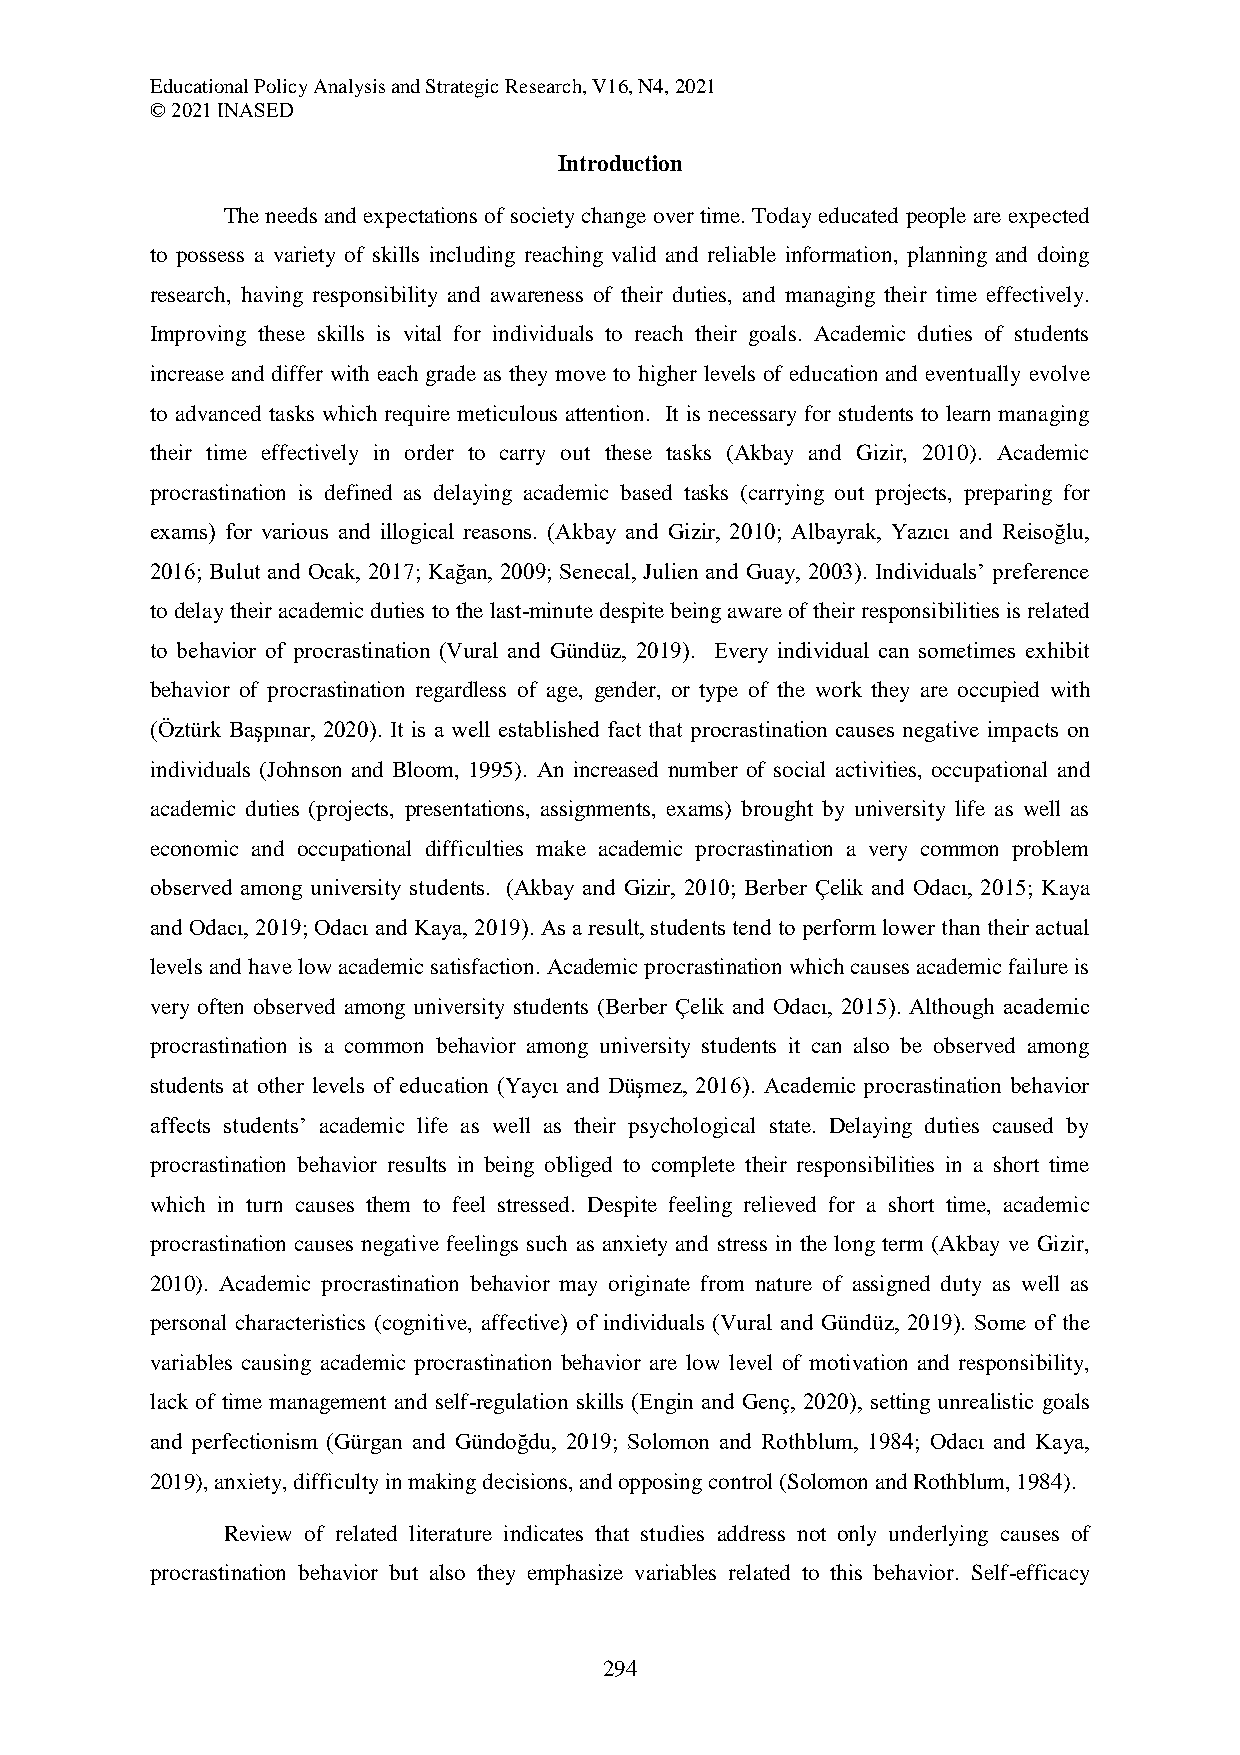
Educational Policy Analysis and Strategic Research, V16, N4, 2021
 © 2021 INASED
 Introduction
 The needs and expectations of society change over time. Today educated people are expected
 to possess a variety of skills including reaching valid and reliable information, planning and doing
 research, having responsibility and awareness of their duties, and managing their time effectively.
 Improving these skills is vital for individuals to reach their goals. Academic duties of students
 increase and differ with each grade as they move to higher levels of education and eventually evolve
 to advanced tasks which require meticulous attention. It is necessary for students to learn managing
 their time effectively in order to carry out these tasks (Akbay and Gizir, 2010). Academic
 procrastination is defined as delaying academic based tasks (carrying out projects, preparing for
 exams) for various and illogical reasons. (Akbay and Gizir, 2010; Albayrak, Yazıcı and Reisoğlu,
 2016; Bulut and Ocak, 2017; Kağan, 2009; Senecal, Julien and Guay, 2003). Individuals’ preference
 to delay their academic duties to the last-minute despite being aware of their responsibilities is related
 to behavior of procrastination (Vural and Gündüz, 2019). Every individual can sometimes exhibit
 behavior of procrastination regardless of age, gender, or type of the work they are occupied with
 (Öztürk Başpınar, 2020). It is a well established fact that procrastination causes negative impacts on
 individuals (Johnson and Bloom, 1995). An increased number of social activities, occupational and
 academic duties (projects, presentations, assignments, exams) brought by university life as well as
 economic and occupational difficulties make academic procrastination a very common problem
 observed among university students. (Akbay and Gizir, 2010; Berber Çelik and Odacı, 2015; Kaya
 and Odacı, 2019; Odacı and Kaya, 2019). As a result, students tend to perform lower than their actual
 levels and have low academic satisfaction. Academic procrastination which causes academic failure is
 very often observed among university students (Berber Çelik and Odacı, 2015). Although academic
 procrastination is a common behavior among university students it can also be observed among
 students at other levels of education (Yaycı and Düşmez, 2016). Academic procrastination behavior
 affects students’ academic life as well as their psychological state. Delaying duties caused by
 procrastination behavior results in being obliged to complete their responsibilities in a short time
 which in turn causes them to feel stressed. Despite feeling relieved for a short time, academic
 procrastination causes negative feelings such as anxiety and stress in the long term (Akbay ve Gizir,
 2010). Academic procrastination behavior may originate from nature of assigned duty as well as
 personal characteristics (cognitive, affective) of individuals (Vural and Gündüz, 2019). Some of the
 variables causing academic procrastination behavior are low level of motivation and responsibility,
 lack of time management and self-regulation skills (Engin and Genç, 2020), setting unrealistic goals
 and perfectionism (Gürgan and Gündoğdu, 2019; Solomon and Rothblum, 1984; Odacı and Kaya,
 2019), anxiety, difficulty in making decisions, and opposing control (Solomon and Rothblum, 1984).
 Review of related literature indicates that studies address not only underlying causes of
 procrastination behavior but also they emphasize variables related to this behavior. Self-efficacy
 294